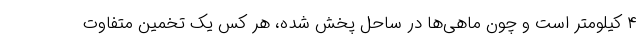
۴ کیلومتر است و چون ماهی‌ها در ساحل پخش شده، هر کس یک تخمین متفاوت